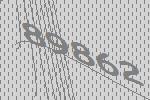
89862